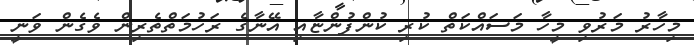
މިހާރު މަރުވި މީހާ މަސައްކަތް ކުރި ކުންފުންޏާއި އޭނާގެ ރަހުމަތްތެރިން ވެގެން ވަނީ